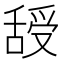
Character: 𦧦